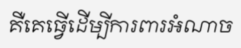
គឺគេធ្វើដើម្បីការពារអំណាច